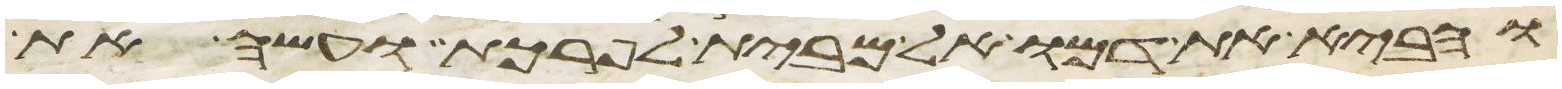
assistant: והביא את דמו אל מבית לפרכת ועשה את